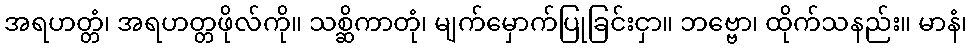
အရဟတ္တံ၊ အရဟတ္တဖိုလ်ကို။ သစ္ဆိကာတုံ၊ မျက်မှောက်ပြုခြင်းငှာ။ ဘဗ္ဗော၊ ထိုက်သနည်း။ မာနံ၊